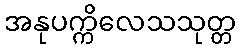
အနုပက္ကိလေသသုတ္တ